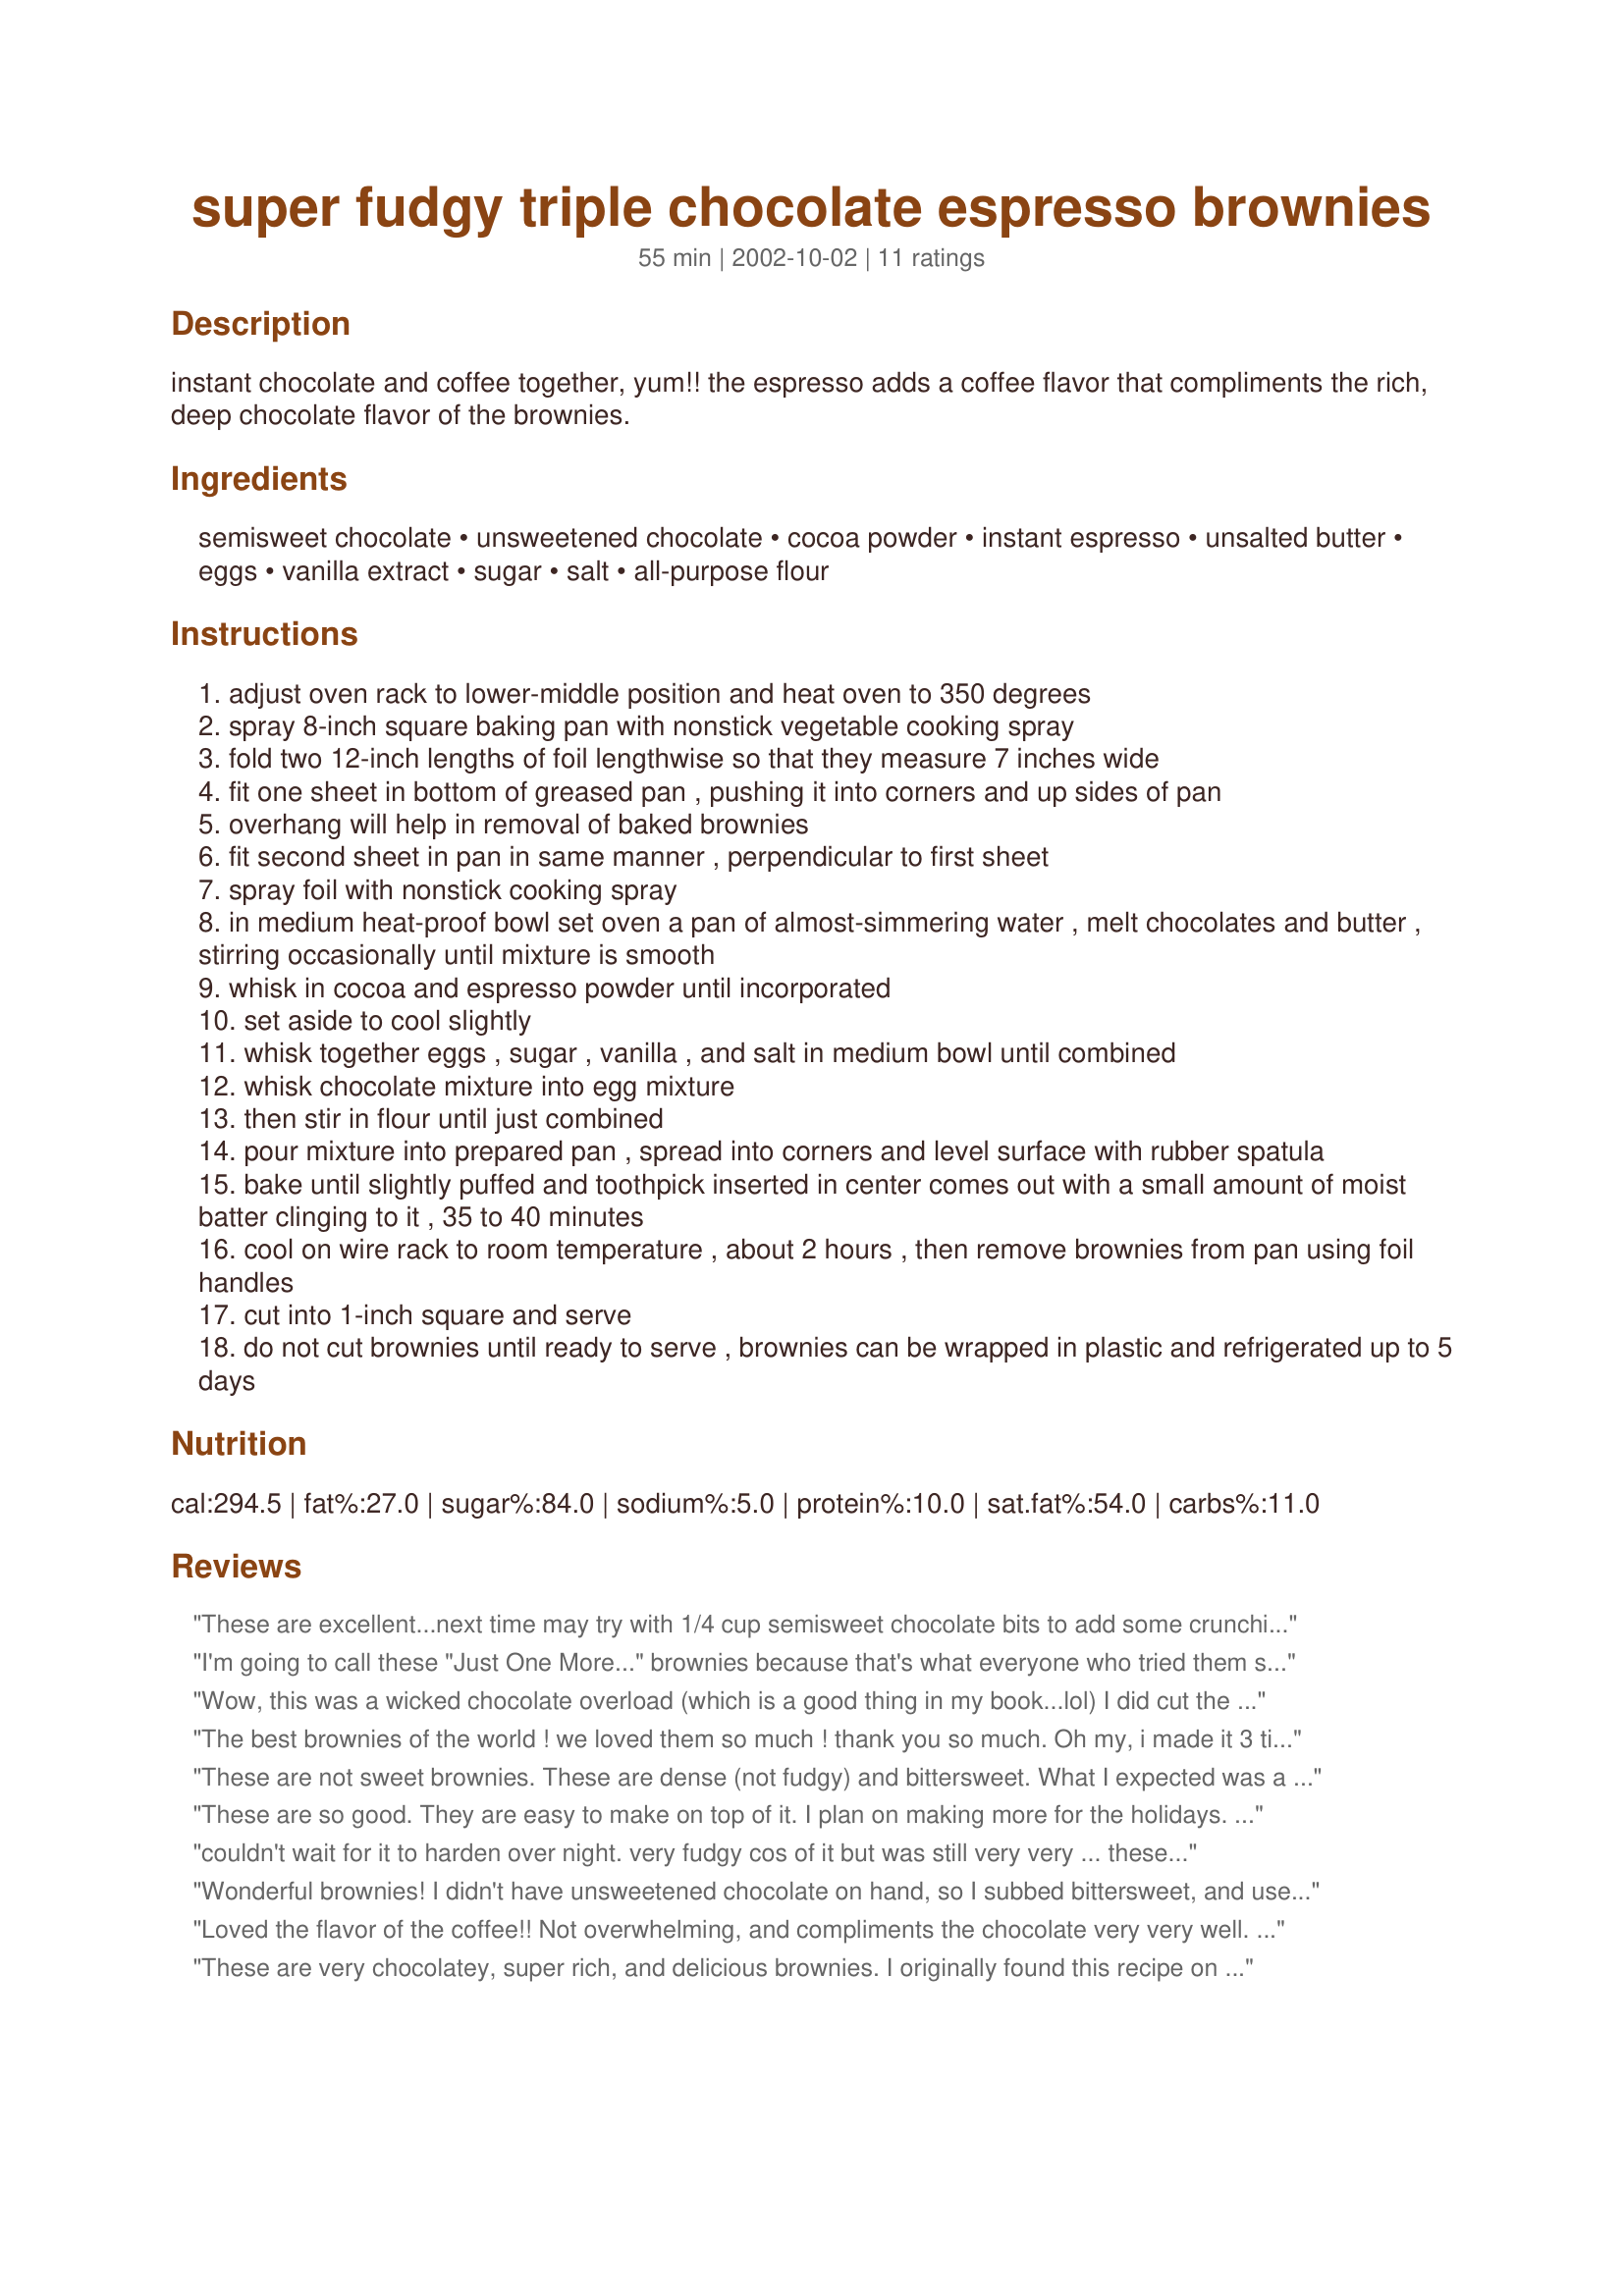
super fudgy triple chocolate espresso brownies
Preparation time: 55 minutes

instant chocolate and coffee together, yum!! the espresso adds a coffee flavor that compliments the rich, deep chocolate flavor of the brownies.

Ingredients:
semisweet chocolate, unsweetened chocolate, cocoa powder, instant espresso, unsalted butter, eggs, vanilla extract, sugar, salt, all-purpose flour

Steps:
adjust oven rack to lower-middle position and heat oven to 350 degrees
spray 8-inch square baking pan with nonstick vegetable cooking spray
fold two 12-inch lengths of foil lengthwise so that they measure 7 inches wide
fit one sheet in bottom of greased pan , pushing it into corners and up sides of pan
overhang will help in removal of baked brownies
fit second sheet in pan in same manner , perpendicular to first sheet
spray foil with nonstick cooking spray
in medium heat-proof bowl set oven a pan of almost-simmering water , melt chocolates and butter , stirring occasionally until mixture is smooth
whisk in cocoa and espresso powder until incorporated
set aside to cool slightly
whisk together eggs , sugar , vanilla , and salt in medium bowl until combined
whisk chocolate mixture into egg mixture
then stir in flour until just combined
pour mixture into prepared pan , spread into corners and level surface with rubber spatula
bake until slightly puffed and toothpick inserted in center comes out with a small amount of moist batter clinging to it , 35 to 40 minutes
cool on wire rack to room temperature , about 2 hours , then remove brownies from pan using foil handles
cut into 1-inch square and serve
do not cut brownies until ready to serve , brownies can be wrapped in plastic and refrigerated up to 5 days

Reviews:
These are excellent...next time may try with 1/4 cup semisweet chocolate bits to add some crunchiness. Sprinkled powdered sugar on the top after they cooled. Will make soon again. I used a pyrex baking dish, greased with Crisco, cut Brownies in the pan after done , and they came out easily with no sticking.
I'm going to call these "Just One More..." brownies because that's what everyone who tried them said! I used bittersweet chocolate in place of the unsweetened chocolate but didn't change a thing otherwise. Thanks for posting!
Wow, this was a wicked chocolate overload (which is a good thing in my book...lol) I did cut the sugar to just 1 cup and added half a cup of chopped walnuts. I might play around with different mix of chocolates. But, it's already darn good as it is! Thanks so much Mirj.
The best brownies of the world ! we loved them so much !
thank you so much.
Oh my, i made it 3 times since i've found your recipe, every saturday night is now the brownie night :p
Thank you ! last time i made it, i used bayleys instead of vanilla, perfect !
These are not sweet brownies. These are dense (not fudgy) and bittersweet. What I expected was a subtle coffee flavor that just sort of warmed the chocolate flavor, but instead it's very strong. This is bitter and rich, not sweet or fudgy. I imagine it would be beautiful with raspberry sauce or dried cherries sprinkled in. As it is, this recipe proved to be a little boring because these brownies don't really stand alone as a sweet snack. In need of some tweaking.
These are so good. They are easy to make on top of it. I plan on making more for the holidays. Thanks for another great recipe Mirjam.
couldn't wait for it to harden over night. very fudgy cos of it but was still very very ... these hips don't lie! :)
Wonderful brownies! I didn't have unsweetened chocolate on hand, so I subbed bittersweet, and used espresso powder, rather than instant coffee. They were certainly enjoyed--thanks for sharing!
Loved the flavor of the coffee!! Not overwhelming, and compliments the chocolate very very well. It was moist and fudgy. I did not have unsweetened on hand so I used all semisweet and 1 cup of sugar instead of 1 1/4 cup. Next time I will try baking it for 35 min instead of 40 min so it will be more fudgy.
These are very chocolatey, super rich, and delicious brownies. I originally found this recipe on the Cook's Illustrated website and made their non-coffee version (same recipe, without the espresso powder). I used 4 oz bittersweet and 1 oz semisweet (instead of 5 oz semi) and melted the choc. & butter in the microwave. I've been searching for the perfect brownie recipe and this one comes pretty close! Thanks for posting Mirj! — Apr 27, 2006 Updating to add that the second time I made these I used the 5 oz semisweet chocolate and they weren't as good (for my tastebuds). I think the best combo would be to use equal parts bitter- & semisweet (where the recipe calls for just semi). This recipe is just begging to be tried again!
I love these Cooks Illustrated recipes.
